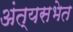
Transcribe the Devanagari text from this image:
अंत्यसभेत